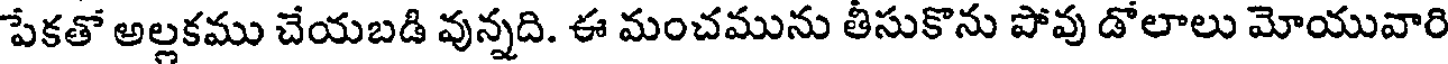
పేకతో అల్లకము చేయబడి వున్నది. ఈ మంచమును తీసుకొను పోవు డోలాలు మోయువారి